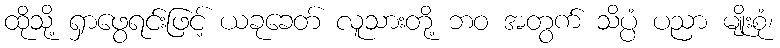
ထိုသို့ ရှာဖွေရင်းဖြင့် ယခုခေတ် လူသားတို့ ဘဝ အတွက် သိပ္ပံ ပညာ မျိုးစုံ၊